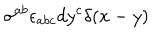
\sigma ^ { a b } \epsilon _ { a b c } d y ^ { c } \delta ( x - y )